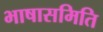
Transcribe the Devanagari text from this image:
भाषासमिति